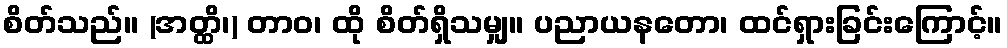
စိတ်သည်။ (အတ္ထိ၊) တာဝ၊ ထို စိတ်ရှိသမျှ။ ပညာယနတော၊ ထင်ရှားခြင်းကြောင့်။